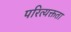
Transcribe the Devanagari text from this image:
परित्यक्तता